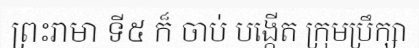
ព្រះរាមា ទី៥ ក៏ ចាប់ បង្កើត ក្រុមប្រឹក្សា